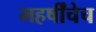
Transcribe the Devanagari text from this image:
महर्षींचेच